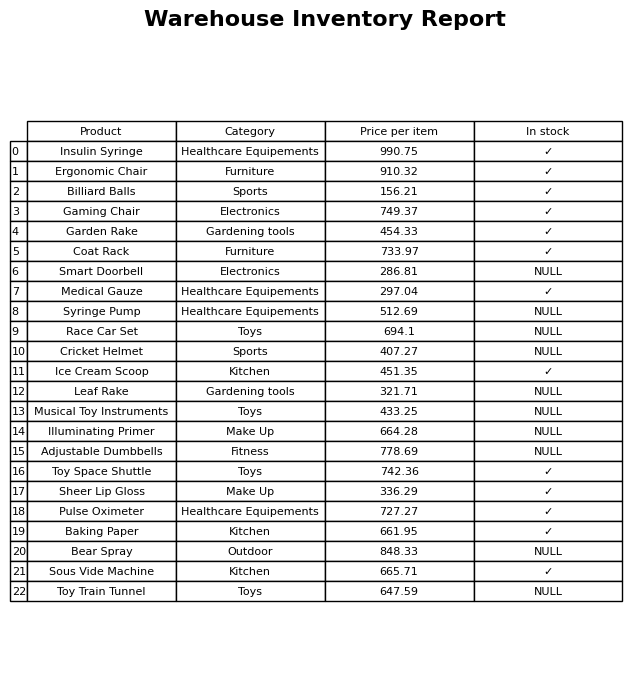
question: What is the price of the Insulin Syringe?
answer: The price of Insulin Syringe is 990.75.